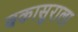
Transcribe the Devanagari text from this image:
बकासुराला